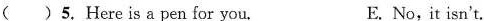
( )5.Here is a pen for you. E.No, it isn't.